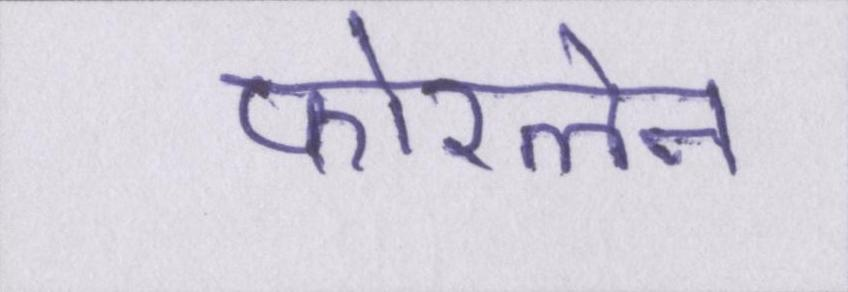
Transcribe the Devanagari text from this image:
फोरलेन